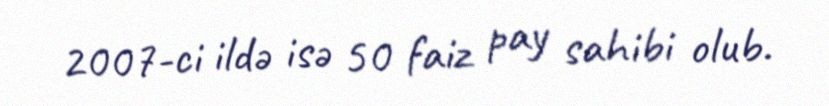
2007-ci ildə isə 50 faiz pay sahibi olub.